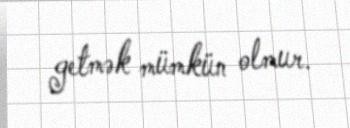
getmək mümkün olmur.